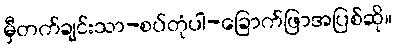
မှီတက်ချင်းသာ-စပ်တုံပါ-ခြောက်ဖြာအပြစ်ဆို။